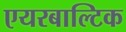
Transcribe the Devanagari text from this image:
एयरबाल्टिक